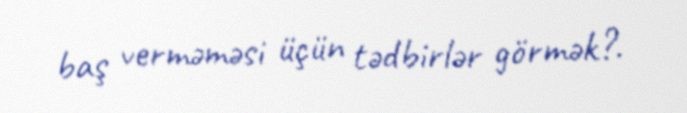
baş verməməsi üçün tədbirlər görmək?.